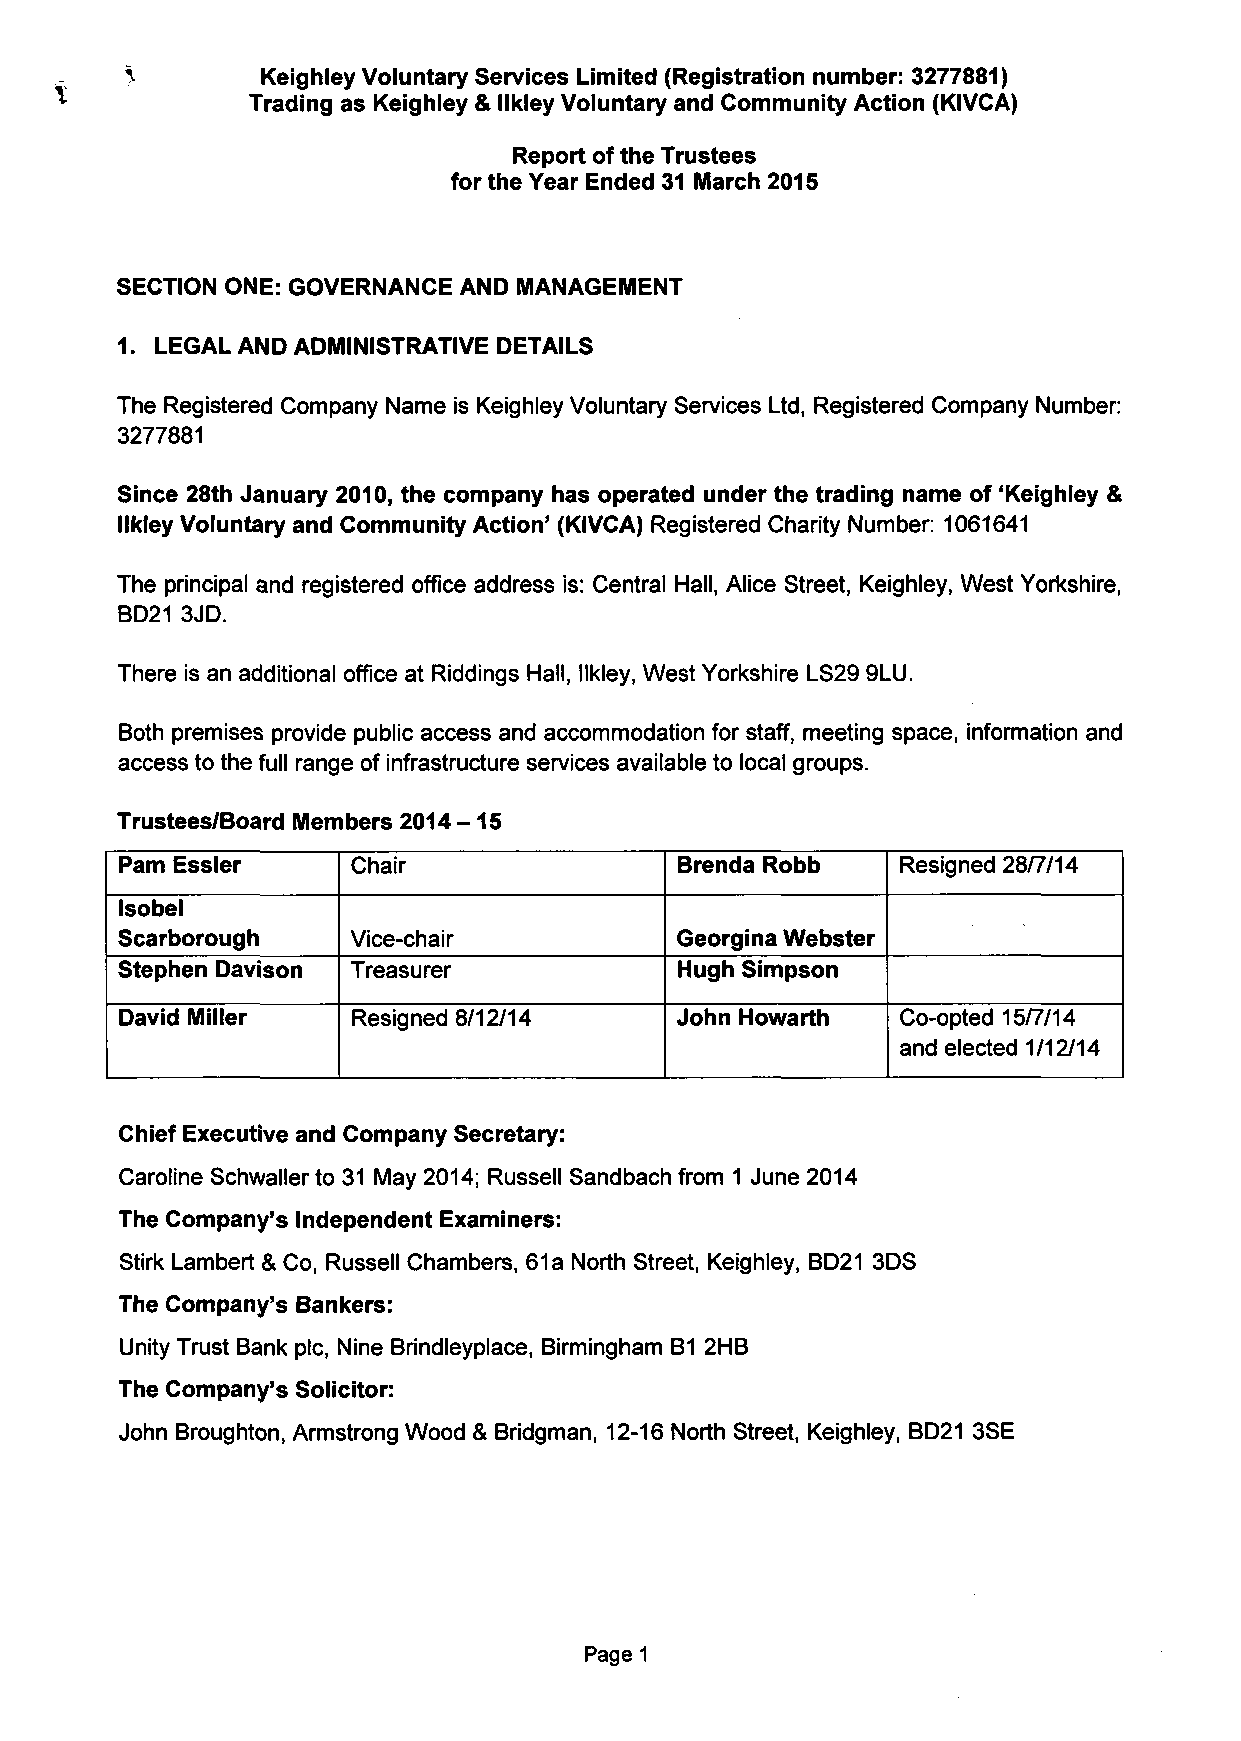
^        Keighley Voluntary Services Limited (Registration number: 3277881)
 Trading as Keighley & llkley Voluntary and Community Action (KIVCA)
 Report of the Trustees
 for the Year Ended 31 March 2015
 SECTION ONE: GOVERNANCE AND MANAGEMENT
 1. LEGAL AND ADMINISTRATIVE DETAILS
 The Registered Company Name is Keighley Voluntary Services Ltd, Registered Company Number:
 3277881
 Since 28th January 2010, the company has operated under the trading name of 'Keighley &
 llkley Voluntary and Community Action' (KIVCA) Registered Charity Number: 1061641
 The principal and registered office address is: Central Hall, Alice Street, Keighley, West Yorkshire,
 BD21 3JD.
 There is an additional office at Riddings Hall, llkley, West Yorkshire LS29 9LU.
 Both premises provide public access and accommodation for staff, meeting space, information and
 access to the full range of infrastructure services available to local groups.
 Trustees/Board Members 2014 -15
 Pam Essler     Chair                 Brenda Robb    Resigned 28/7/14
 Isobel
 Scarborough    Vice-chair            Georgina Webster
 Stephen Davison Treasurer            Hugh Simpson
 David Miller   Resigned 8/12/14      John Howarth   Co-opted 15/7/14
 and elected 1/12/14
 Chief Executive and Company Secretary:
 Caroline Schwallerto 31 May 2014; Russell Sandbach from 1 June 2014
 The Company's Independent Examiners:
 Stirk Lambert & Co, Russell Chambers, 61a North Street, Keighley, BD21 3DS
 The Company's Bankers:
 Unity Trust Bank plc, Nine Brindleyplace, Birmingham B1 2HB
 The Company's Solicitor:
 John Broughton, Armstrong Wood & Bridgman, 12-16 North Street, Keighley, BD21 3SE
 Page 1